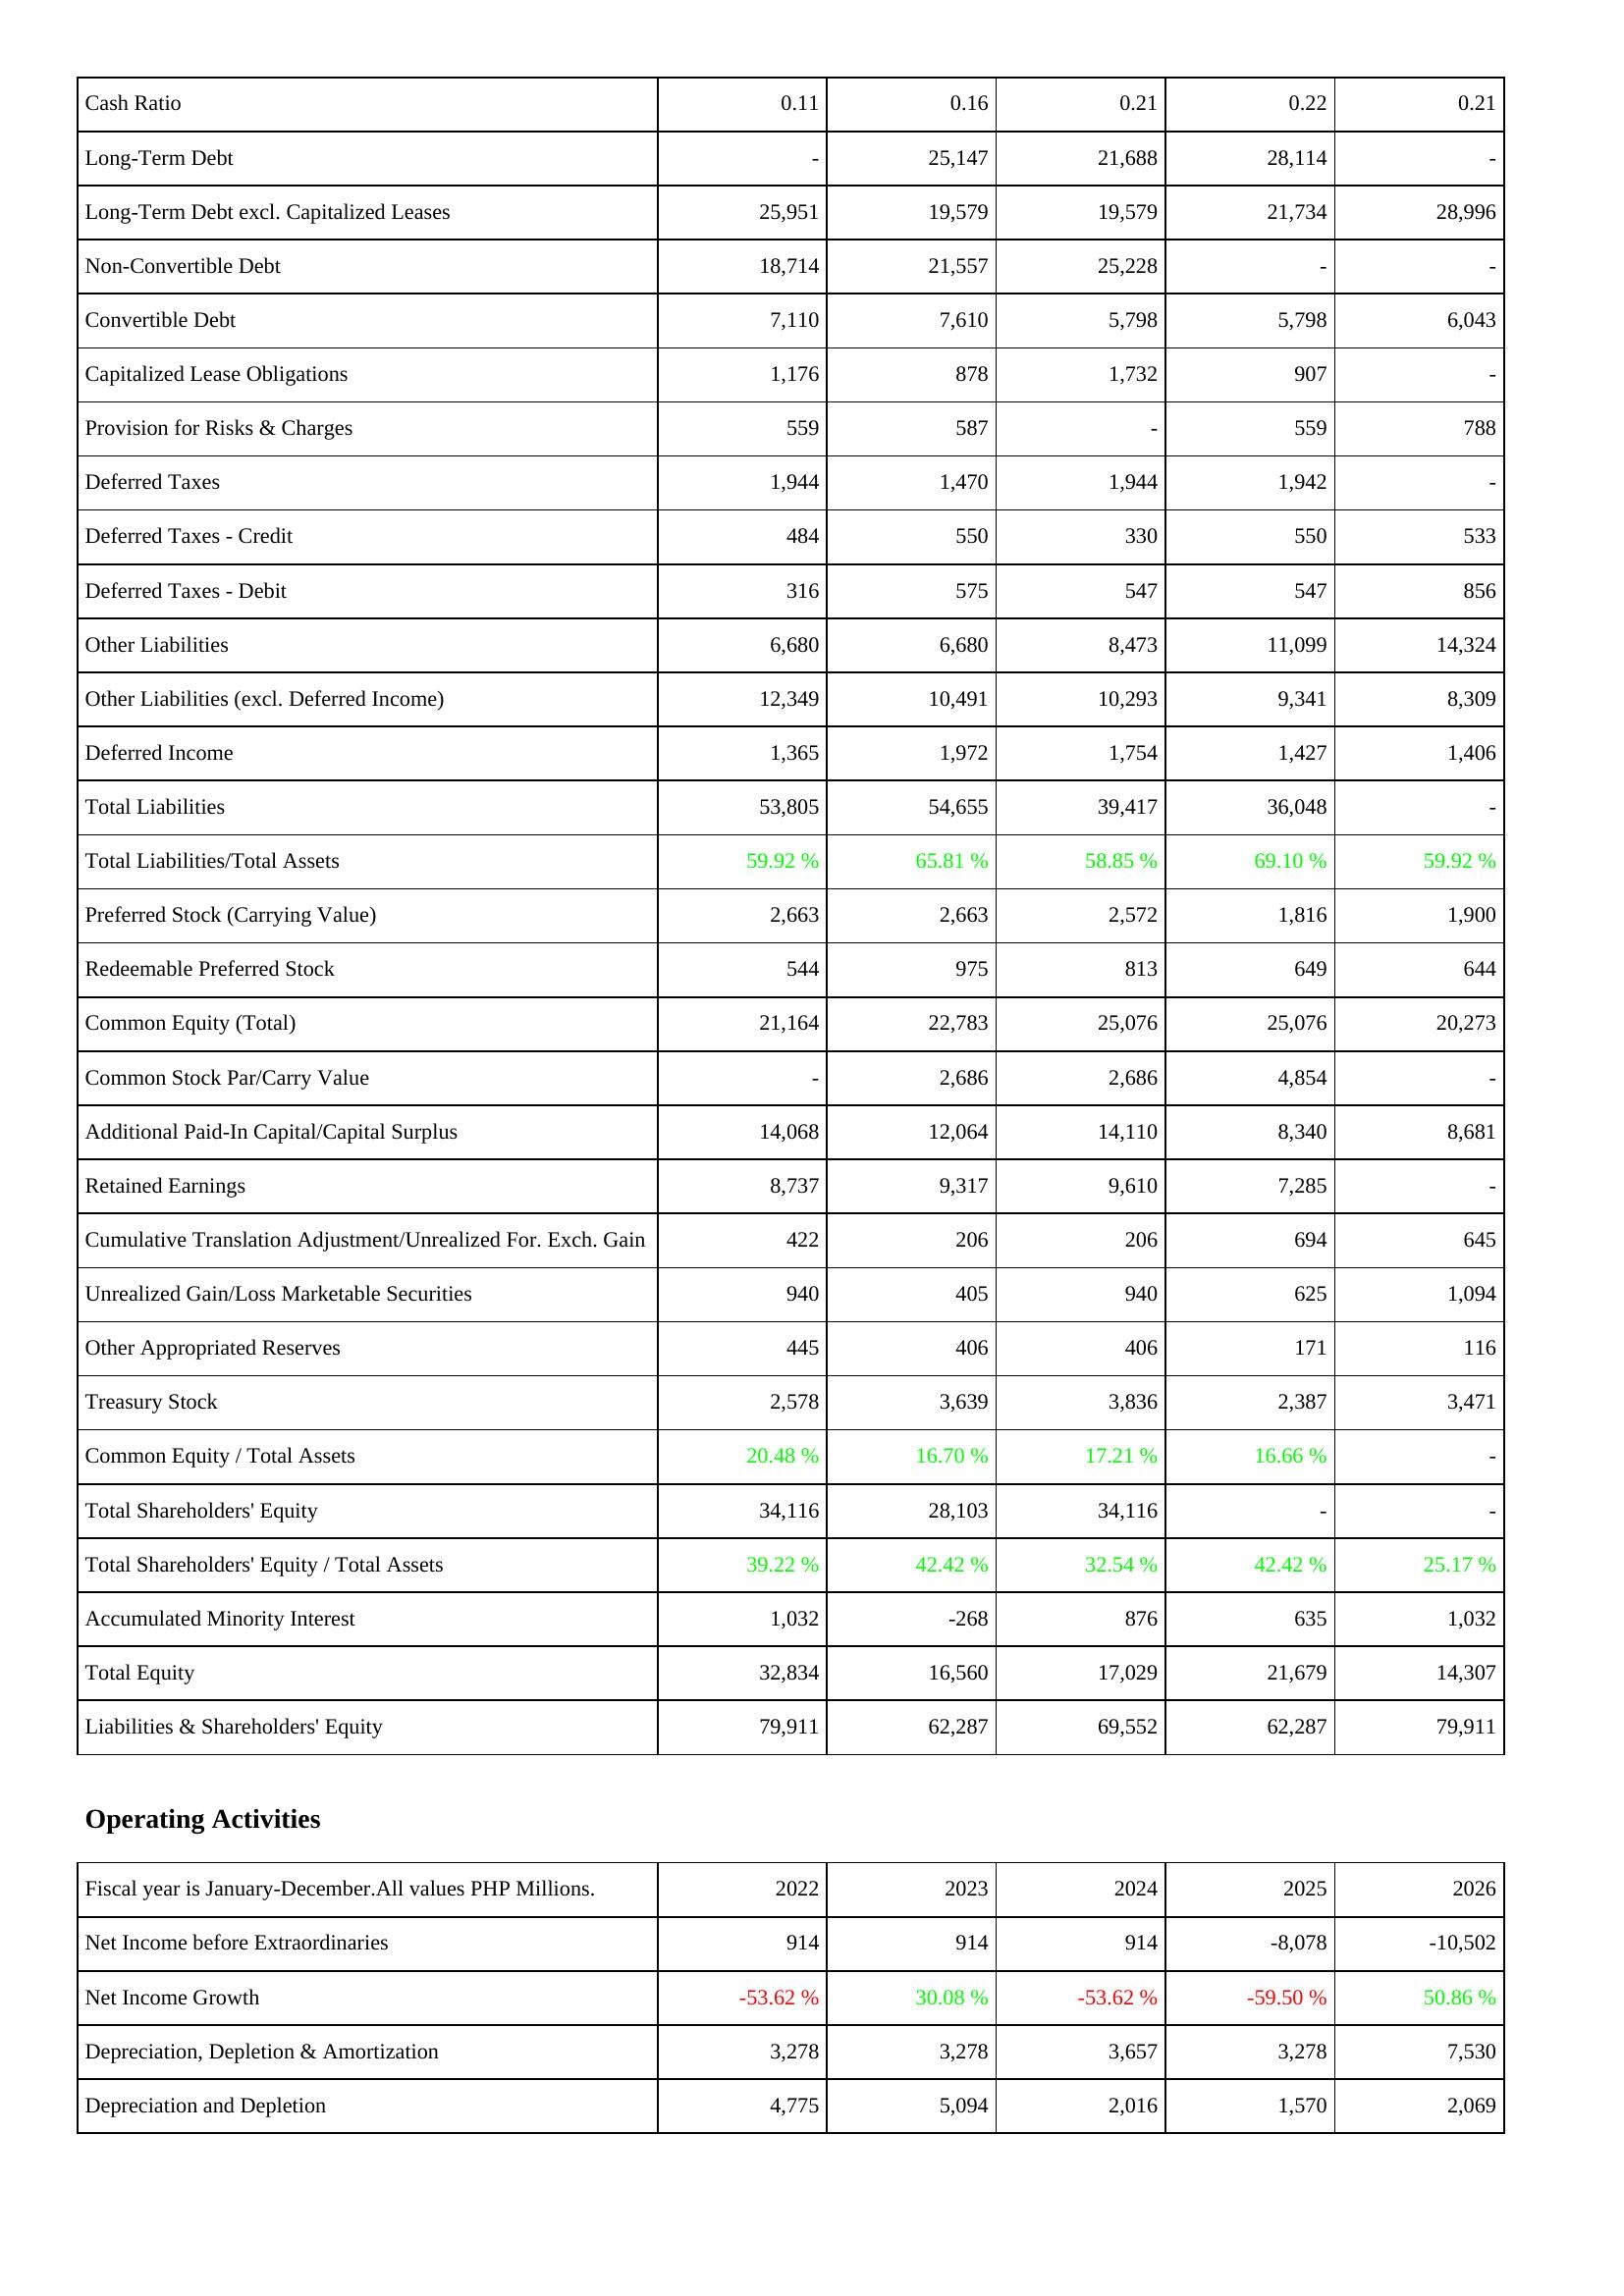
2022: Liabilities & Shareholders' Equity: Cash Ratio: 0.11
Long-Term Debt: -
Long-Term Debt excl. Capitalized Leases: 25,951
Non-Convertible Debt: 18,714
Convertible Debt: 7,110
Capitalized Lease Obligations: 1,176
Provision for Risks & Charges: 559
Deferred Taxes: 1,944
Deferred Taxes - Credit: 484
Deferred Taxes - Debit: 316
Other Liabilities: 6,680
Other Liabilities (excl. Deferred Income): 12,349
Deferred Income: 1,365
Total Liabilities: 53,805
Total Liabilities/Total Assets: 59.92 %
Preferred Stock (Carrying Value): 2,663
Redeemable Preferred Stock: 544
Common Equity (Total): 21,164
Common Stock Par/Carry Value: -
Additional Paid-In Capital/Capital Surplus: 14,068
Retained Earnings: 8,737
Cumulative Translation Adjustment/Unrealized For. Exch. Gain: 422
Unrealized Gain/Loss Marketable Securities: 940
Other Appropriated Reserves: 445
Treasury Stock: 2,578
Common Equity / Total Assets: 20.48 %
Total Shareholders' Equity: 34,116
Total Shareholders' Equity / Total Assets: 39.22 %
Accumulated Minority Interest: 1,032
Total Equity: 32,834
Liabilities & Shareholders' Equity: 79,911
Operating Activities: Net Income before Extraordinaries: 914
Net Income Growth: -53.62 %
Depreciation, Depletion & Amortization: 3,278
Depreciation and Depletion: 4,775
2023: Liabilities & Shareholders' Equity: Cash Ratio: 0.16
Long-Term Debt: 25,147
Long-Term Debt excl. Capitalized Leases: 19,579
Non-Convertible Debt: 21,557
Convertible Debt: 7,610
Capitalized Lease Obligations: 878
Provision for Risks & Charges: 587
Deferred Taxes: 1,470
Deferred Taxes - Credit: 550
Deferred Taxes - Debit: 575
Other Liabilities: 6,680
Other Liabilities (excl. Deferred Income): 10,491
Deferred Income: 1,972
Total Liabilities: 54,655
Total Liabilities/Total Assets: 65.81 %
Preferred Stock (Carrying Value): 2,663
Redeemable Preferred Stock: 975
Common Equity (Total): 22,783
Common Stock Par/Carry Value: 2,686
Additional Paid-In Capital/Capital Surplus: 12,064
Retained Earnings: 9,317
Cumulative Translation Adjustment/Unrealized For. Exch. Gain: 206
Unrealized Gain/Loss Marketable Securities: 405
Other Appropriated Reserves: 406
Treasury Stock: 3,639
Common Equity / Total Assets: 16.70 %
Total Shareholders' Equity: 28,103
Total Shareholders' Equity / Total Assets: 42.42 %
Accumulated Minority Interest: -268
Total Equity: 16,560
Liabilities & Shareholders' Equity: 62,287
Operating Activities: Net Income before Extraordinaries: 914
Net Income Growth: 30.08 %
Depreciation, Depletion & Amortization: 3,278
Depreciation and Depletion: 5,094
2024: Liabilities & Shareholders' Equity: Cash Ratio: 0.21
Long-Term Debt: 21,688
Long-Term Debt excl. Capitalized Leases: 19,579
Non-Convertible Debt: 25,228
Convertible Debt: 5,798
Capitalized Lease Obligations: 1,732
Provision for Risks & Charges: -
Deferred Taxes: 1,944
Deferred Taxes - Credit: 330
Deferred Taxes - Debit: 547
Other Liabilities: 8,473
Other Liabilities (excl. Deferred Income): 10,293
Deferred Income: 1,754
Total Liabilities: 39,417
Total Liabilities/Total Assets: 58.85 %
Preferred Stock (Carrying Value): 2,572
Redeemable Preferred Stock: 813
Common Equity (Total): 25,076
Common Stock Par/Carry Value: 2,686
Additional Paid-In Capital/Capital Surplus: 14,110
Retained Earnings: 9,610
Cumulative Translation Adjustment/Unrealized For. Exch. Gain: 206
Unrealized Gain/Loss Marketable Securities: 940
Other Appropriated Reserves: 406
Treasury Stock: 3,836
Common Equity / Total Assets: 17.21 %
Total Shareholders' Equity: 34,116
Total Shareholders' Equity / Total Assets: 32.54 %
Accumulated Minority Interest: 876
Total Equity: 17,029
Liabilities & Shareholders' Equity: 69,552
Operating Activities: Net Income before Extraordinaries: 914
Net Income Growth: -53.62 %
Depreciation, Depletion & Amortization: 3,657
Depreciation and Depletion: 2,016
2025: Liabilities & Shareholders' Equity: Cash Ratio: 0.22
Long-Term Debt: 28,114
Long-Term Debt excl. Capitalized Leases: 21,734
Non-Convertible Debt: -
Convertible Debt: 5,798
Capitalized Lease Obligations: 907
Provision for Risks & Charges: 559
Deferred Taxes: 1,942
Deferred Taxes - Credit: 550
Deferred Taxes - Debit: 547
Other Liabilities: 11,099
Other Liabilities (excl. Deferred Income): 9,341
Deferred Income: 1,427
Total Liabilities: 36,048
Total Liabilities/Total Assets: 69.10 %
Preferred Stock (Carrying Value): 1,816
Redeemable Preferred Stock: 649
Common Equity (Total): 25,076
Common Stock Par/Carry Value: 4,854
Additional Paid-In Capital/Capital Surplus: 8,340
Retained Earnings: 7,285
Cumulative Translation Adjustment/Unrealized For. Exch. Gain: 694
Unrealized Gain/Loss Marketable Securities: 625
Other Appropriated Reserves: 171
Treasury Stock: 2,387
Common Equity / Total Assets: 16.66 %
Total Shareholders' Equity: -
Total Shareholders' Equity / Total Assets: 42.42 %
Accumulated Minority Interest: 635
Total Equity: 21,679
Liabilities & Shareholders' Equity: 62,287
Operating Activities: Net Income before Extraordinaries: -8,078
Net Income Growth: -59.50 %
Depreciation, Depletion & Amortization: 3,278
Depreciation and Depletion: 1,570
2026: Liabilities & Shareholders' Equity: Cash Ratio: 0.21
Long-Term Debt: -
Long-Term Debt excl. Capitalized Leases: 28,996
Non-Convertible Debt: -
Convertible Debt: 6,043
Capitalized Lease Obligations: -
Provision for Risks & Charges: 788
Deferred Taxes: -
Deferred Taxes - Credit: 533
Deferred Taxes - Debit: 856
Other Liabilities: 14,324
Other Liabilities (excl. Deferred Income): 8,309
Deferred Income: 1,406
Total Liabilities: -
Total Liabilities/Total Assets: 59.92 %
Preferred Stock (Carrying Value): 1,900
Redeemable Preferred Stock: 644
Common Equity (Total): 20,273
Common Stock Par/Carry Value: -
Additional Paid-In Capital/Capital Surplus: 8,681
Retained Earnings: -
Cumulative Translation Adjustment/Unrealized For. Exch. Gain: 645
Unrealized Gain/Loss Marketable Securities: 1,094
Other Appropriated Reserves: 116
Treasury Stock: 3,471
Common Equity / Total Assets: -
Total Shareholders' Equity: -
Total Shareholders' Equity / Total Assets: 25.17 %
Accumulated Minority Interest: 1,032
Total Equity: 14,307
Liabilities & Shareholders' Equity: 79,911
Operating Activities: Net Income before Extraordinaries: -10,502
Net Income Growth: 50.86 %
Depreciation, Depletion & Amortization: 7,530
Depreciation and Depletion: 2,069